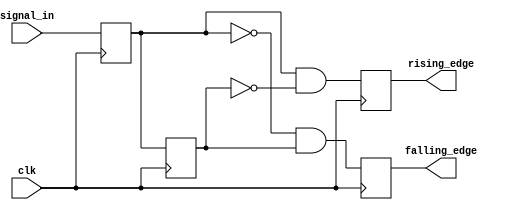
module differential_edge_detector (
    input wire clk,              // Clock signal
    input wire signal_in,        // Input signal to monitor
    output reg rising_edge,      // Rising edge output
    output reg falling_edge      // Falling edge output
);

    // Memory blocks to store previous states
    reg previous_state;          // Holds the value from the last clock cycle
    reg current_state;           // Holds the value from the current clock cycle

    // Sequential logic to detect edges
    always @(posedge clk) begin
        // Update the current state with the input signal
        current_state <= signal_in;

        // Edge detection logic
        rising_edge <= (current_state == 1'b1 && previous_state == 1'b0);
        falling_edge <= (current_state == 1'b0 && previous_state == 1'b1);

        // Update previous state to current state for the next clock cycle
        previous_state <= current_state;
    end

    // Initialize previous_state to avoid undefined behavior
    initial begin
        previous_state = 1'b0;   // Set to low initially
        rising_edge = 1'b0;      // Initialize rising_edge
        falling_edge = 1'b0;     // Initialize falling_edge
    end

endmodule